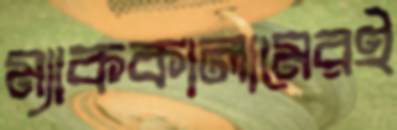
ম্যাককালামেরই